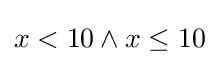
x<10\land x\leq 10